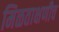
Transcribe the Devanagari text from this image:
मिळताक्षणीच